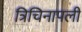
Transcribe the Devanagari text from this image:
त्रिचिनापली